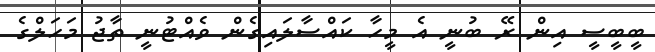
ބީބީސީ އިން ރޭ ބުނީ އެ މީހާ ކައްސާލައިގެން ވެއްޓުނީ ތާޖު މަހަލްގެ